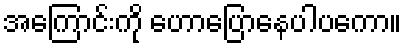
အကြောင်းကို ဟောပြောနေပါပကော။